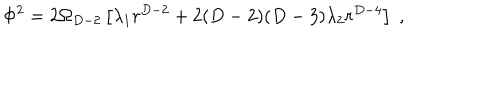
\Phi ^ { 2 } = 2 \Omega _ { D - 2 } \left[ \lambda _ { 1 } r ^ { D - 2 } + 2 ( D - 2 ) ( D - 3 ) \lambda _ { 2 } r ^ { D - 4 } \right] \; ,